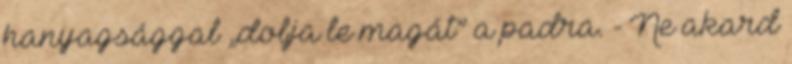
hanyagsággal „dobja le magát” a padra. - Ne akard